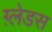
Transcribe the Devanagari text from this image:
ग़्लेडस